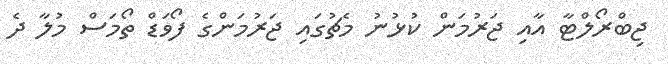
ޖިބްރޯލްޓާ އާއި ޖަރުމަން ކުޅުނު މެޗުގައި ޖަރުމަންގެ ފޯވަޑް ތޯމަސް މުލާ ދެ